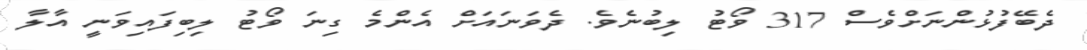
ދެބޭފުޅުންނަށްވެސް 317 ވޯޓު ލިބުނެވެ. ދެވަނައަށް އެންމެ ގިނަ ވޯޓު ލިބިފައިވަނީ އާލާ